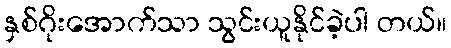
နှစ်ဂိုးအောက်သာ သွင်းယူနိုင်ခဲ့ပါ တယ်။